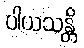
ပါယသန္တိ